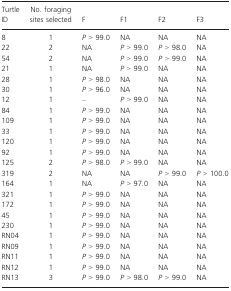
<table><thead><tr><td><b>Turtle ID</b></td><td><b>No. foraging sites selected</b></td><td><b>F</b></td><td><b>F1</b></td><td><b>F2</b></td><td><b>F3</b></td></tr></thead><tbody><tr><td>8</td><td>1</td><td><i>P</i> &gt; 99.0</td><td>NA</td><td>NA</td><td>NA</td></tr><tr><td>22</td><td>2</td><td>NA</td><td><i>P</i> &gt; 99.0</td><td><i>P</i> &gt; 98.0</td><td>NA</td></tr><tr><td>54</td><td>2</td><td>NA</td><td><i>P</i> &gt; 99.0</td><td><i>P</i> &gt; 99.0</td><td>NA</td></tr><tr><td>21</td><td>1</td><td>NA</td><td><i>P</i> &gt; 99.0</td><td>NA</td><td>NA</td></tr><tr><td>28</td><td>1</td><td><i>P</i> &gt; 98.0</td><td>NA</td><td>NA</td><td>NA</td></tr><tr><td>30</td><td>1</td><td><i>P</i> &gt; 96.0</td><td>NA</td><td>NA</td><td>NA</td></tr><tr><td>12</td><td>1</td><td>–</td><td><i>P</i> &gt; 99.0</td><td>NA</td><td>NA</td></tr><tr><td>84</td><td>1</td><td><i>P</i> &gt; 99.0</td><td>NA</td><td>NA</td><td>NA</td></tr><tr><td>109</td><td>1</td><td><i>P</i> &gt; 99.0</td><td>NA</td><td>NA</td><td>NA</td></tr><tr><td>33</td><td>1</td><td><i>P</i> &gt; 99.0</td><td>NA</td><td>NA</td><td>NA</td></tr><tr><td>120</td><td>1</td><td><i>P</i> &gt; 99.0</td><td>NA</td><td>NA</td><td>NA</td></tr><tr><td>92</td><td>1</td><td><i>P</i> &gt; 99.0</td><td>NA</td><td>NA</td><td>NA</td></tr><tr><td>125</td><td>2</td><td><i>P</i> &gt; 98.0</td><td><i>P</i> &gt; 99.0</td><td>NA</td><td>NA</td></tr><tr><td>319</td><td>2</td><td>NA</td><td>NA</td><td><i>P</i> &gt; 99.0</td><td><i>P</i> &gt; 100.0</td></tr><tr><td>164</td><td>1</td><td>NA</td><td><i>P</i> &gt; 97.0</td><td>NA</td><td>NA</td></tr><tr><td>321</td><td>1</td><td><i>P</i> &gt; 99.0</td><td>NA</td><td>NA</td><td>NA</td></tr><tr><td>172</td><td>1</td><td><i>P</i> &gt; 99.0</td><td>NA</td><td>NA</td><td>NA</td></tr><tr><td>45</td><td>1</td><td><i>P</i> &gt; 99.0</td><td>NA</td><td>NA</td><td>NA</td></tr><tr><td>230</td><td>1</td><td><i>P</i> &gt; 99.0</td><td>NA</td><td>NA</td><td>NA</td></tr><tr><td>RN04</td><td>1</td><td><i>P</i> &gt; 99.0</td><td>NA</td><td>NA</td><td>NA</td></tr><tr><td>RN09</td><td>1</td><td><i>P</i> &gt; 99.0</td><td>NA</td><td>NA</td><td>NA</td></tr><tr><td>RN11</td><td>1</td><td><i>P</i> &gt; 99.0</td><td>NA</td><td>NA</td><td>NA</td></tr><tr><td>RN12</td><td>1</td><td><i>P</i> &gt; 99.0</td><td>NA</td><td>NA</td><td>NA</td></tr><tr><td>RN13</td><td>3</td><td><i>P</i> &gt; 99.0</td><td><i>P</i> &gt; 98.0</td><td><i>P</i> &gt; 99.0</td><td>NA</td></tr></tbody></table>